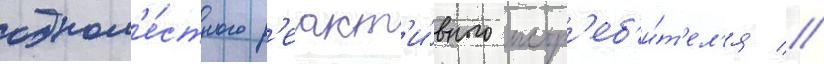
одном'е́стного р'еакт'и́вного истр'еб'и́т'ел'я //